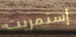
إستمريت